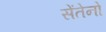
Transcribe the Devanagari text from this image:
सेंतेनो